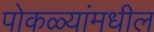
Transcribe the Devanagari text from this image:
पोकळ्यांमधील